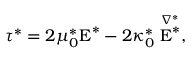
\boldsymbol { \tau } ^ { * } = 2 \mu _ { 0 } ^ { * } \boldsymbol { \mathrm { E } } ^ { * } - 2 \kappa _ { 0 } ^ { * } \stackrel { \nabla ^ { * } } { \boldsymbol { \mathrm { E } } ^ { * } } ,